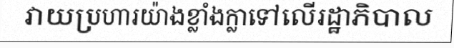
វាយប្រហារយ៉ាងខ្លាំងក្លាទៅលើរដ្ឋាភិបាល